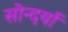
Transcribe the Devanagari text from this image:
सोन्दर्या